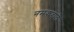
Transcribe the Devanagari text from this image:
नमकवाले